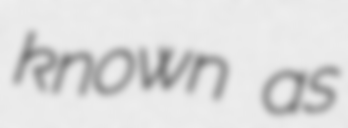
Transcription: known as